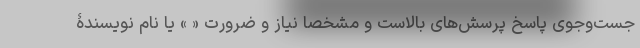
جست‌و‌جوی پاسخ پرسش‌های بالاست و مشخصا نیاز و ضرورت « » یا نام نویسندۀ